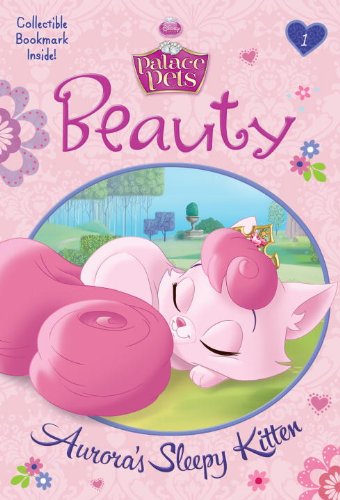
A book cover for Beauty: Aurora's Sleepy Kitten (Disney Princess: Palace Pets) (A Stepping Stone Book(TM)); Tennant Redbank; Children's Books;